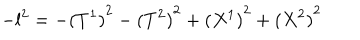
LaTeX: - l ^ { 2 } = - { ( T ^ { 1 } ) } ^ { 2 } - { ( T ^ { 2 } ) } ^ { 2 } + { ( X ^ { 1 } ) } ^ { 2 } + { ( X ^ { 2 } ) } ^ { 2 }